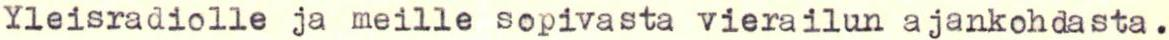
Yleisradiolle ja meille sopivasta vierailun ajankohdasta.